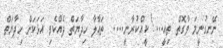
ނޭނގުނީމަ ވާގޮތް ތިއީ...! ކީއްކުރާނީ....  ތަޢާލާ ހިދާޔަތް ދެއްކެވި އަޅަކަށް ހިދާޔަތް